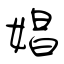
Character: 娼